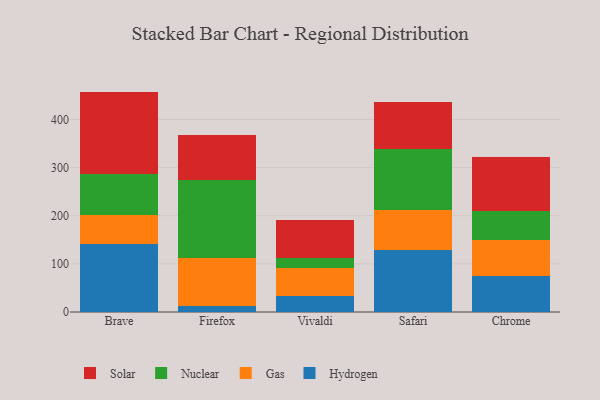
{"axis": {"x": "Browser", "y": "Satisfaction Score"}, "legend": ["Gas", "Hydrogen", "Nuclear", "Solar"], "data": [{"x": "Brave", "y": 142.0, "type": "Hydrogen"}, {"x": "Brave", "y": 59.5, "type": "Gas"}, {"x": "Brave", "y": 85.2, "type": "Nuclear"}, {"x": "Brave", "y": 171.2, "type": "Solar"}, {"x": "Firefox", "y": 13.1, "type": "Hydrogen"}, {"x": "Firefox", "y": 98.5, "type": "Gas"}, {"x": "Firefox", "y": 163.0, "type": "Nuclear"}, {"x": "Firefox", "y": 93.9, "type": "Solar"}, {"x": "Vivaldi", "y": 33.6, "type": "Hydrogen"}, {"x": "Vivaldi", "y": 58.8, "type": "Gas"}, {"x": "Vivaldi", "y": 19.9, "type": "Nuclear"}, {"x": "Vivaldi", "y": 78.7, "type": "Solar"}, {"x": "Safari", "y": 129.3, "type": "Hydrogen"}, {"x": "Safari", "y": 81.9, "type": "Gas"}, {"x": "Safari", "y": 128.4, "type": "Nuclear"}, {"x": "Safari", "y": 97.3, "type": "Solar"}, {"x": "Chrome", "y": 74.9, "type": "Hydrogen"}, {"x": "Chrome", "y": 74.2, "type": "Gas"}, {"x": "Chrome", "y": 60.3, "type": "Nuclear"}, {"x": "Chrome", "y": 112.2, "type": "Solar"}]}